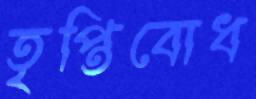
তৃপ্তিবোধ